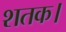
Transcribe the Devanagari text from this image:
शतक।